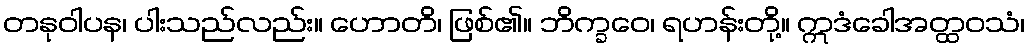
တနုဝါပန၊ ပါးသည်လည်း။ ဟောတိ၊ ဖြစ်၏။ ဘိက္ခဝေ၊ ရဟန်းတို့။ ဣဒံခေါအတ္ထဝသံ၊